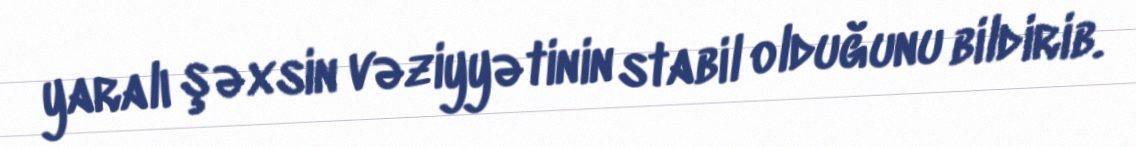
yaralı şəxsin vəziyyətinin stabil olduğunu bildirib.